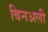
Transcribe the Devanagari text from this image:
बिनअली